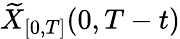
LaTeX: \widetilde{X}_{[0,T]}(0,T-t)